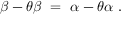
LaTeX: \beta - \theta \beta ~ = ~ \alpha - \theta \alpha ~ .